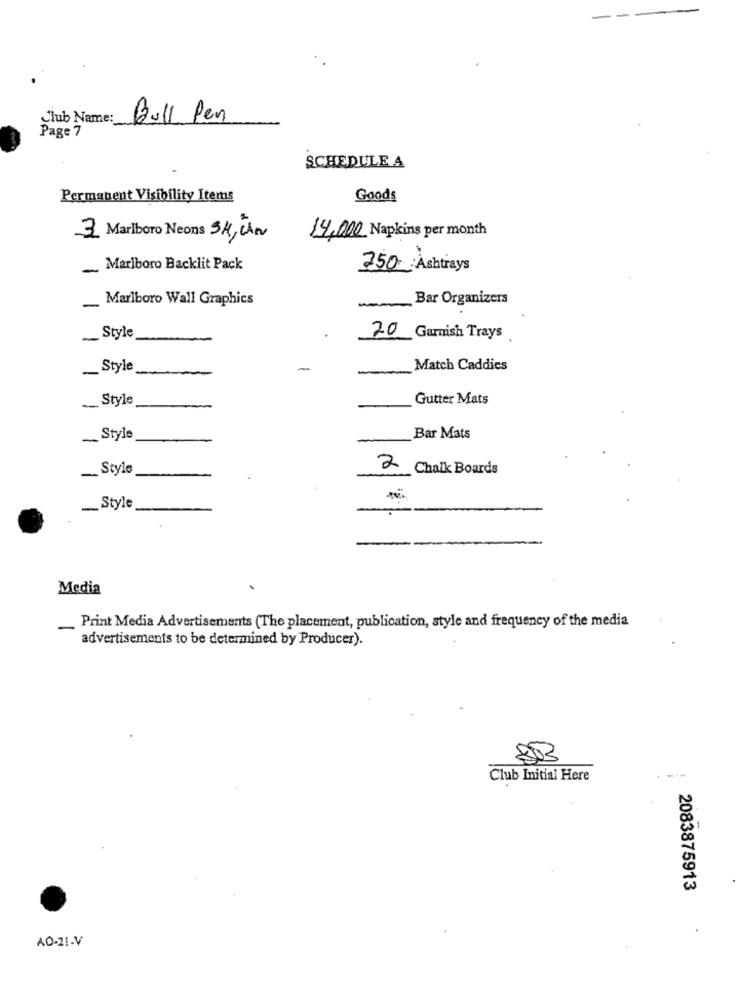
-
Club Name:
Bull Pen
Page 7
SCHEDULE A
Permanent Visibility Items
Goods
3 Marlboro Neons SH, Che
14,000 Napkins per month
Marlboro Backlit Pack
250 Ashtrays
-
Marlboro Wall Graphics
Bar Organizers
-
Style
20 Garnish Trays
-
Style
Match Caddies
-
- Style
Gutter Mats
~ Style
Bar Mats
_. Style
2 Chalk Boards
Style
Media
Print Media Advertisements (The placement, publication, style and frequency of the media
-
advertisements to be determined by Producer).
803
---
Club Initial Here
2083875913
A0-21-V